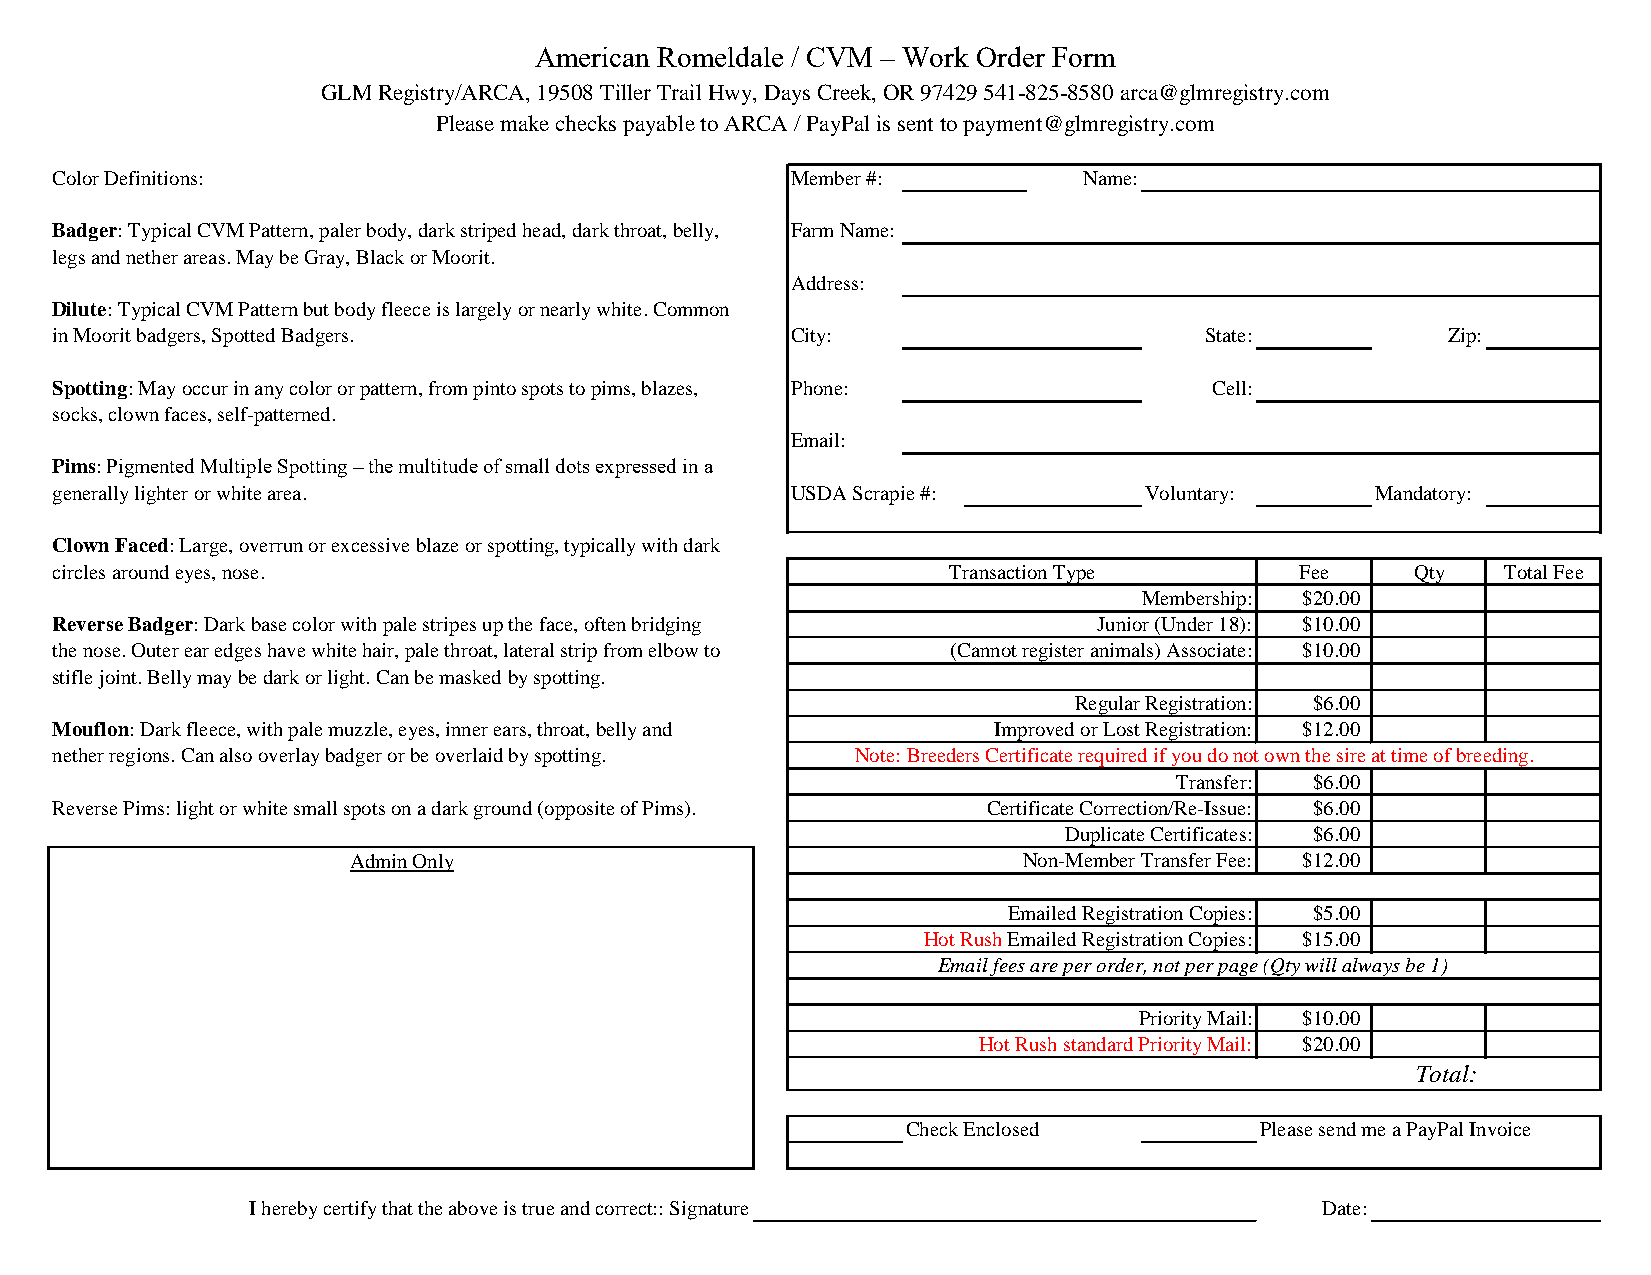
American Romeldale / CVM – Work Order Form
 GLM Registry/ARCA, 19508 Tiller Trail Hwy, Days Creek, OR 97429 541-825-8580 arca@glmregistry.com
 Please make checks payable to ARCA / PayPal is sent to payment@glmregistry.com
 Color Definitions:                               Member #:           Name:
 Badger: Typical CVM Pattern, paler body, dark striped head, dark throat, belly, Farm Name:
 legs and nether areas. May be Gray, Black or Moorit.
 Address:
 Dilute: Typical CVM Pattern but body fleece is largely or nearly white. Common
 in Moorit badgers, Spotted Badgers.              City:                       State:          Zip:
 Spotting: May occur in any color or pattern, from pinto spots to pims, blazes, Phone: Cell:
 socks, clown faces, self-patterned.
 Email:
 Pims: Pigmented Multiple Spotting – the multitude of small dots expressed in a
 generally lighter or white area.                 USDA Scrapie #:         Voluntary:     Mandatory:
 Clown Faced: Large, overrun or excessive blaze or spotting, typically with dark
 circles around eyes, nose.                                  Transaction Type       Fee     Qty   Total Fee
 Membership: $20.00
 Reverse Badger: Dark base color with pale stripes up the face, often bridging Junior (Under 18): $10.00
 the nose. Outer ear edges have white hair, pale throat, lateral strip from elbow to (Cannot register animals) Associate: $10.00
 stifle joint. Belly may be dark or light. Can be masked by spotting.
 Regular Registration: $6.00
 Mouflon: Dark fleece, with pale muzzle, eyes, inner ears, throat, belly and Improved or Lost Registration: $12.00
 nether regions. Can also overlay badger or be overlaid by spotting. Note: Breeders Certificate required if you do not own the sire at time of breeding.
 Transfer: $6.00
 Reverse Pims: light or white small spots on a dark ground (opposite of Pims). Certificate Correction/Re-Issue: $6.00
 Duplicate Certificates: $6.00
 Admin Only                                   Non-Member Transfer Fee: $12.00
 Emailed Registration Copies: $5.00
 Hot Rush Emailed Registration Copies: $15.00
 Email fees are per order, not per page (Qty will always be 1)
 Priority Mail: $10.00
 Hot Rush standard Priority Mail: $20.00
 Total:
 Check Enclosed         Please send me a PayPal Invoice
 I hereby certify that the above is true and correct:: Signature        Date: